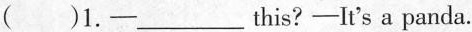
( )1. —___ this? —lt's a panda.